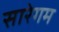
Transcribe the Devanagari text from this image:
सारेगम